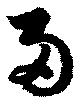
兩